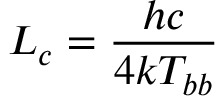
L _ { c } = \frac { h c } { 4 k T _ { b b } }